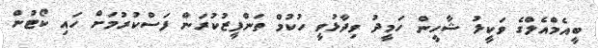
ބީއެމްއެލްގެ ވަކީލު ޝާހީން ހަމީދު ވިދާޅުވީ ހުކުމް ތަންފީޒުކުރަން ފަސްކުރުމަށް ހައި ކޯޓުން